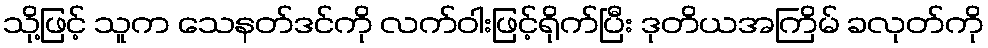
သို့ဖြင့် သူက သေနတ်ဒင်ကို လက်ဝါးဖြင့်ရိုက်ပြီး ဒုတိယအကြိမ် ခလုတ်ကို